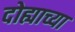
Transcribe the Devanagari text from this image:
दोह्याच्या